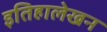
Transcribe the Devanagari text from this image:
इतिहालेखन